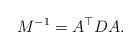
LaTeX: \begin{align*}M^{-1} = A^{\top} D A.\end{align*}